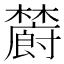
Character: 𣟜